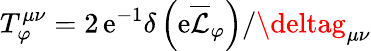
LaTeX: T_{\varphi}^{\mu\nu}=2\, \mathrm{e}^{-1}\delta\left(\mathrm{e}\overline{{{\mathcal{{L}}}}}_{\varphi}\right)/\deltag_{\mu\nu}